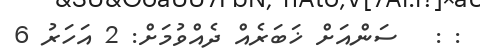
: :   ސަންއަށް ޚަބަރެއް ދެއްވުމަށް: 2 އަހަރު 6